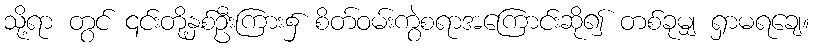
သို့ရာ တွင် ၎င်းတို့နှစ်ဦးကြား၌ စိတ်ဝမ်းကွဲစရာအကြောင်းဆို၍ တစ်ခုမျှ ရှာမရချေ။